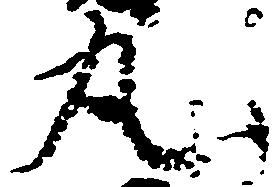
丸